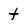
Character: t